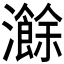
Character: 𬉣